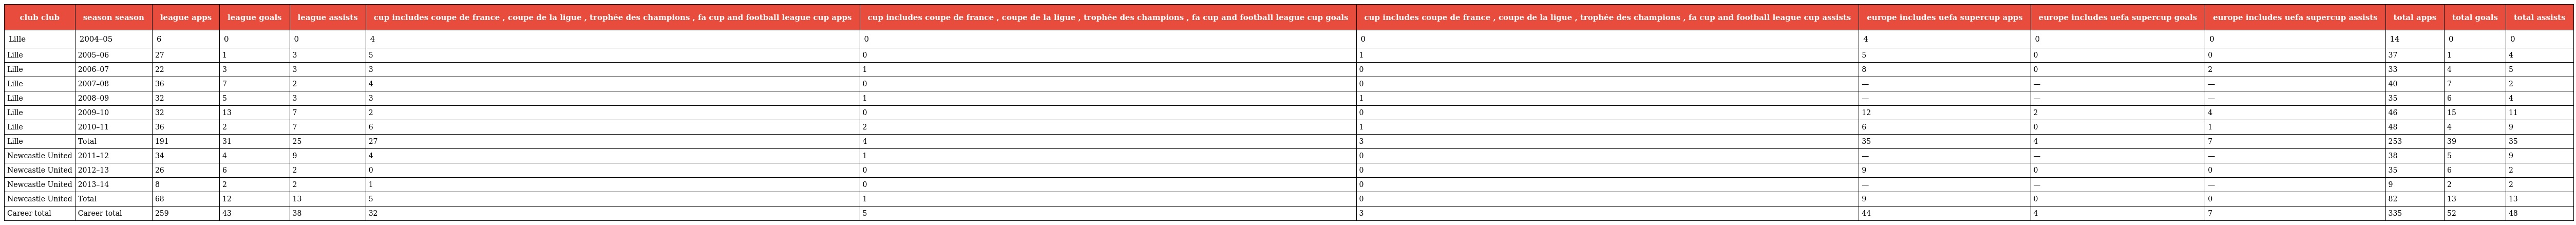
| club club | season season | league apps | league goals | league assists | cup includes coupe de france , coupe de la ligue , trophée des champions , fa cup and football league cup apps | cup includes coupe de france , coupe de la ligue , trophée des champions , fa cup and football league cup goals | cup includes coupe de france , coupe de la ligue , trophée des champions , fa cup and football league cup assists | europe includes uefa supercup apps | europe includes uefa supercup goals | europe includes uefa supercup assists | total apps | total goals | total assists |
 | --- | --- | --- | --- | --- | --- | --- | --- | --- | --- | --- | --- | --- | --- |
 | Lille | 2004–05 | 6 | 0 | 0 | 4 | 0 | 0 | 4 | 0 | 0 | 14 | 0 | 0 |
 | Lille | 2005–06 | 27 | 1 | 3 | 5 | 0 | 1 | 5 | 0 | 0 | 37 | 1 | 4 |
 | Lille | 2006–07 | 22 | 3 | 3 | 3 | 1 | 0 | 8 | 0 | 2 | 33 | 4 | 5 |
 | Lille | 2007–08 | 36 | 7 | 2 | 4 | 0 | 0 | — | — | — | 40 | 7 | 2 |
 | Lille | 2008–09 | 32 | 5 | 3 | 3 | 1 | 1 | — | — | — | 35 | 6 | 4 |
 | Lille | 2009–10 | 32 | 13 | 7 | 2 | 0 | 0 | 12 | 2 | 4 | 46 | 15 | 11 |
 | Lille | 2010–11 | 36 | 2 | 7 | 6 | 2 | 1 | 6 | 0 | 1 | 48 | 4 | 9 |
 | Lille | Total | 191 | 31 | 25 | 27 | 4 | 3 | 35 | 4 | 7 | 253 | 39 | 35 |
 | Newcastle United | 2011–12 | 34 | 4 | 9 | 4 | 1 | 0 | — | — | — | 38 | 5 | 9 |
 | Newcastle United | 2012–13 | 26 | 6 | 2 | 0 | 0 | 0 | 9 | 0 | 0 | 35 | 6 | 2 |
 | Newcastle United | 2013–14 | 8 | 2 | 2 | 1 | 0 | 0 | — | — | — | 9 | 2 | 2 |
 | Newcastle United | Total | 68 | 12 | 13 | 5 | 1 | 0 | 9 | 0 | 0 | 82 | 13 | 13 |
 | Career total | Career total | 259 | 43 | 38 | 32 | 5 | 3 | 44 | 4 | 7 | 335 | 52 | 48 |